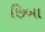
છિબા